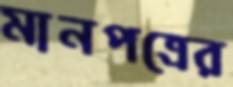
মানপত্রের